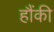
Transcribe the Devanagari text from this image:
हौंकी